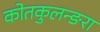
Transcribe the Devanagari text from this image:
कोतकुलन्ङरा